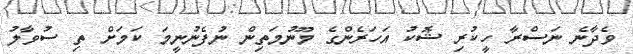
ވެދާނެ ނަސްރާ ހީކުރި ޝޮކު އަހަރެންގެ މޫނުމަތިން ނުފެނުނީމަ ކަމަށް ތި ސުވާލު